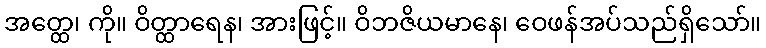
အတ္ထေ၊ ကို။ ဝိတ္ထာရေန၊ အားဖြင့်။ ဝိဘဇိယမာနေ၊ ဝေဖန်အပ်သည်ရှိသော်။